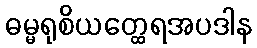
ဓမ္မရုစိယတ္ထေရအပဒါန